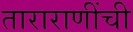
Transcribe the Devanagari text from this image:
ताराराणींची